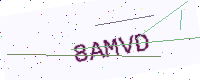
Text: 8AMVD